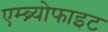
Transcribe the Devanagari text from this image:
एम्ब्र्योफाइट